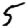
Digit: 5